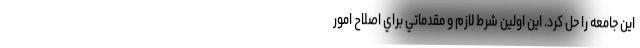
اين جامعه را حل كرد. اين اولين شرط لازم و مقدماتي براي اصلاح امور